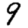
Digit: 9